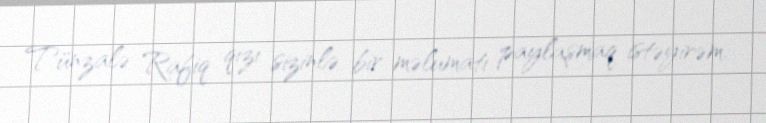
Tünzalə Rafiq qızı sizinlə bir məlumatı paylaşmaq istəyirəm.